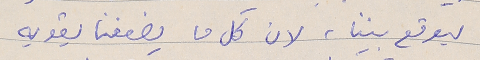
ليوقع بيننا، لان كل ما يضعفنا يقويه